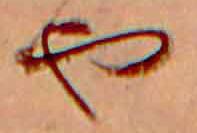
や